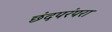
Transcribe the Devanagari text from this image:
छंदपरंपरा